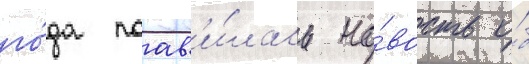
го́да поав'и́лась но́вость о́б